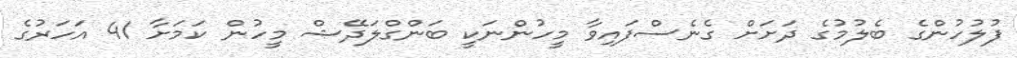
ފުލުހުންގެ ބެލުމުގެ ދަށަށް ގެނެސްފައިވާ މީހުންނަކީ ބަންގްލަދޭޝް މީހުން ކަމަށާ 41 އަހަރުގެ